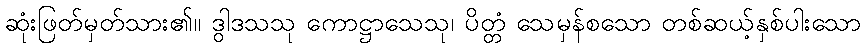
ဆုံးဖြတ်မှတ်သား၏။ ဒွါဒသသု ကောဋ္ဌာသေသု၊ ပိတ္တံ သေမှန်စသော တစ်ဆယ့်နှစ်ပါးသော